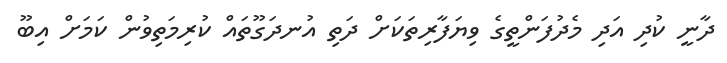
ދާނީ ކުދި އަދި މެދުފަންތީގެ ވިޔަފާރިތަކަށް ދަތި އުނދަގޫތައް ކުރިމަތިވުން ކަމަށް އިބޫ